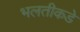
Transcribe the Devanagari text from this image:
भलतीकडे